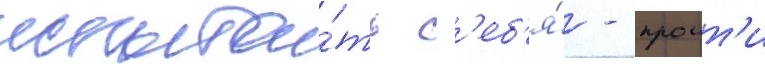
испыта́ть с'еб'я́ - проит'и